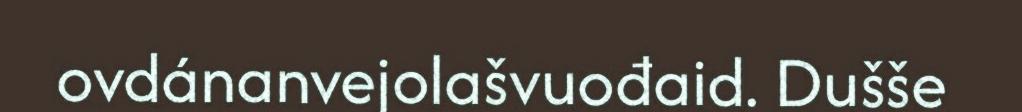
ovdánanvejolašvuođaid. Dušše